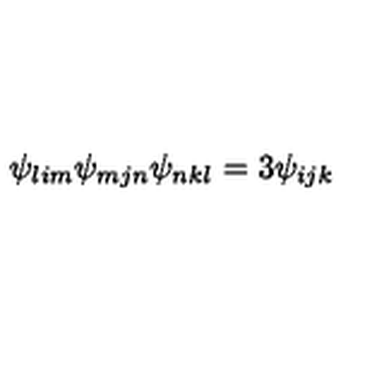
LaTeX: \psi _ { l i m } \psi _ { m j n } \psi _ { n k l } = 3 \psi _ { i j k }